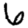
Digit: 6